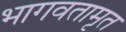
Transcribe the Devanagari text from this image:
भागवतामृत